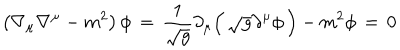
LaTeX: \left( \nabla _ { \mu } \nabla ^ { \mu } - m ^ { 2 } \right) \phi \, = \, { \frac { 1 } { \sqrt { g } } } \partial _ { \mu } \Big ( \, \sqrt { g } \partial ^ { \mu } \phi \, \Big ) - m ^ { 2 } \phi \, = \, 0 \, \,